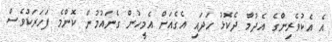
އެ އެކުވެރިންގެ އެދުމާ ދެކޮޅު ހަދައި އެގެއަށް އެމީހުން ގެނައުމުން ކޮންމެ ފަހަރަކުވެސް